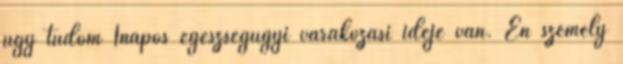
úgy tudom 1napos egészségügyi várakozási ideje van. Én személy